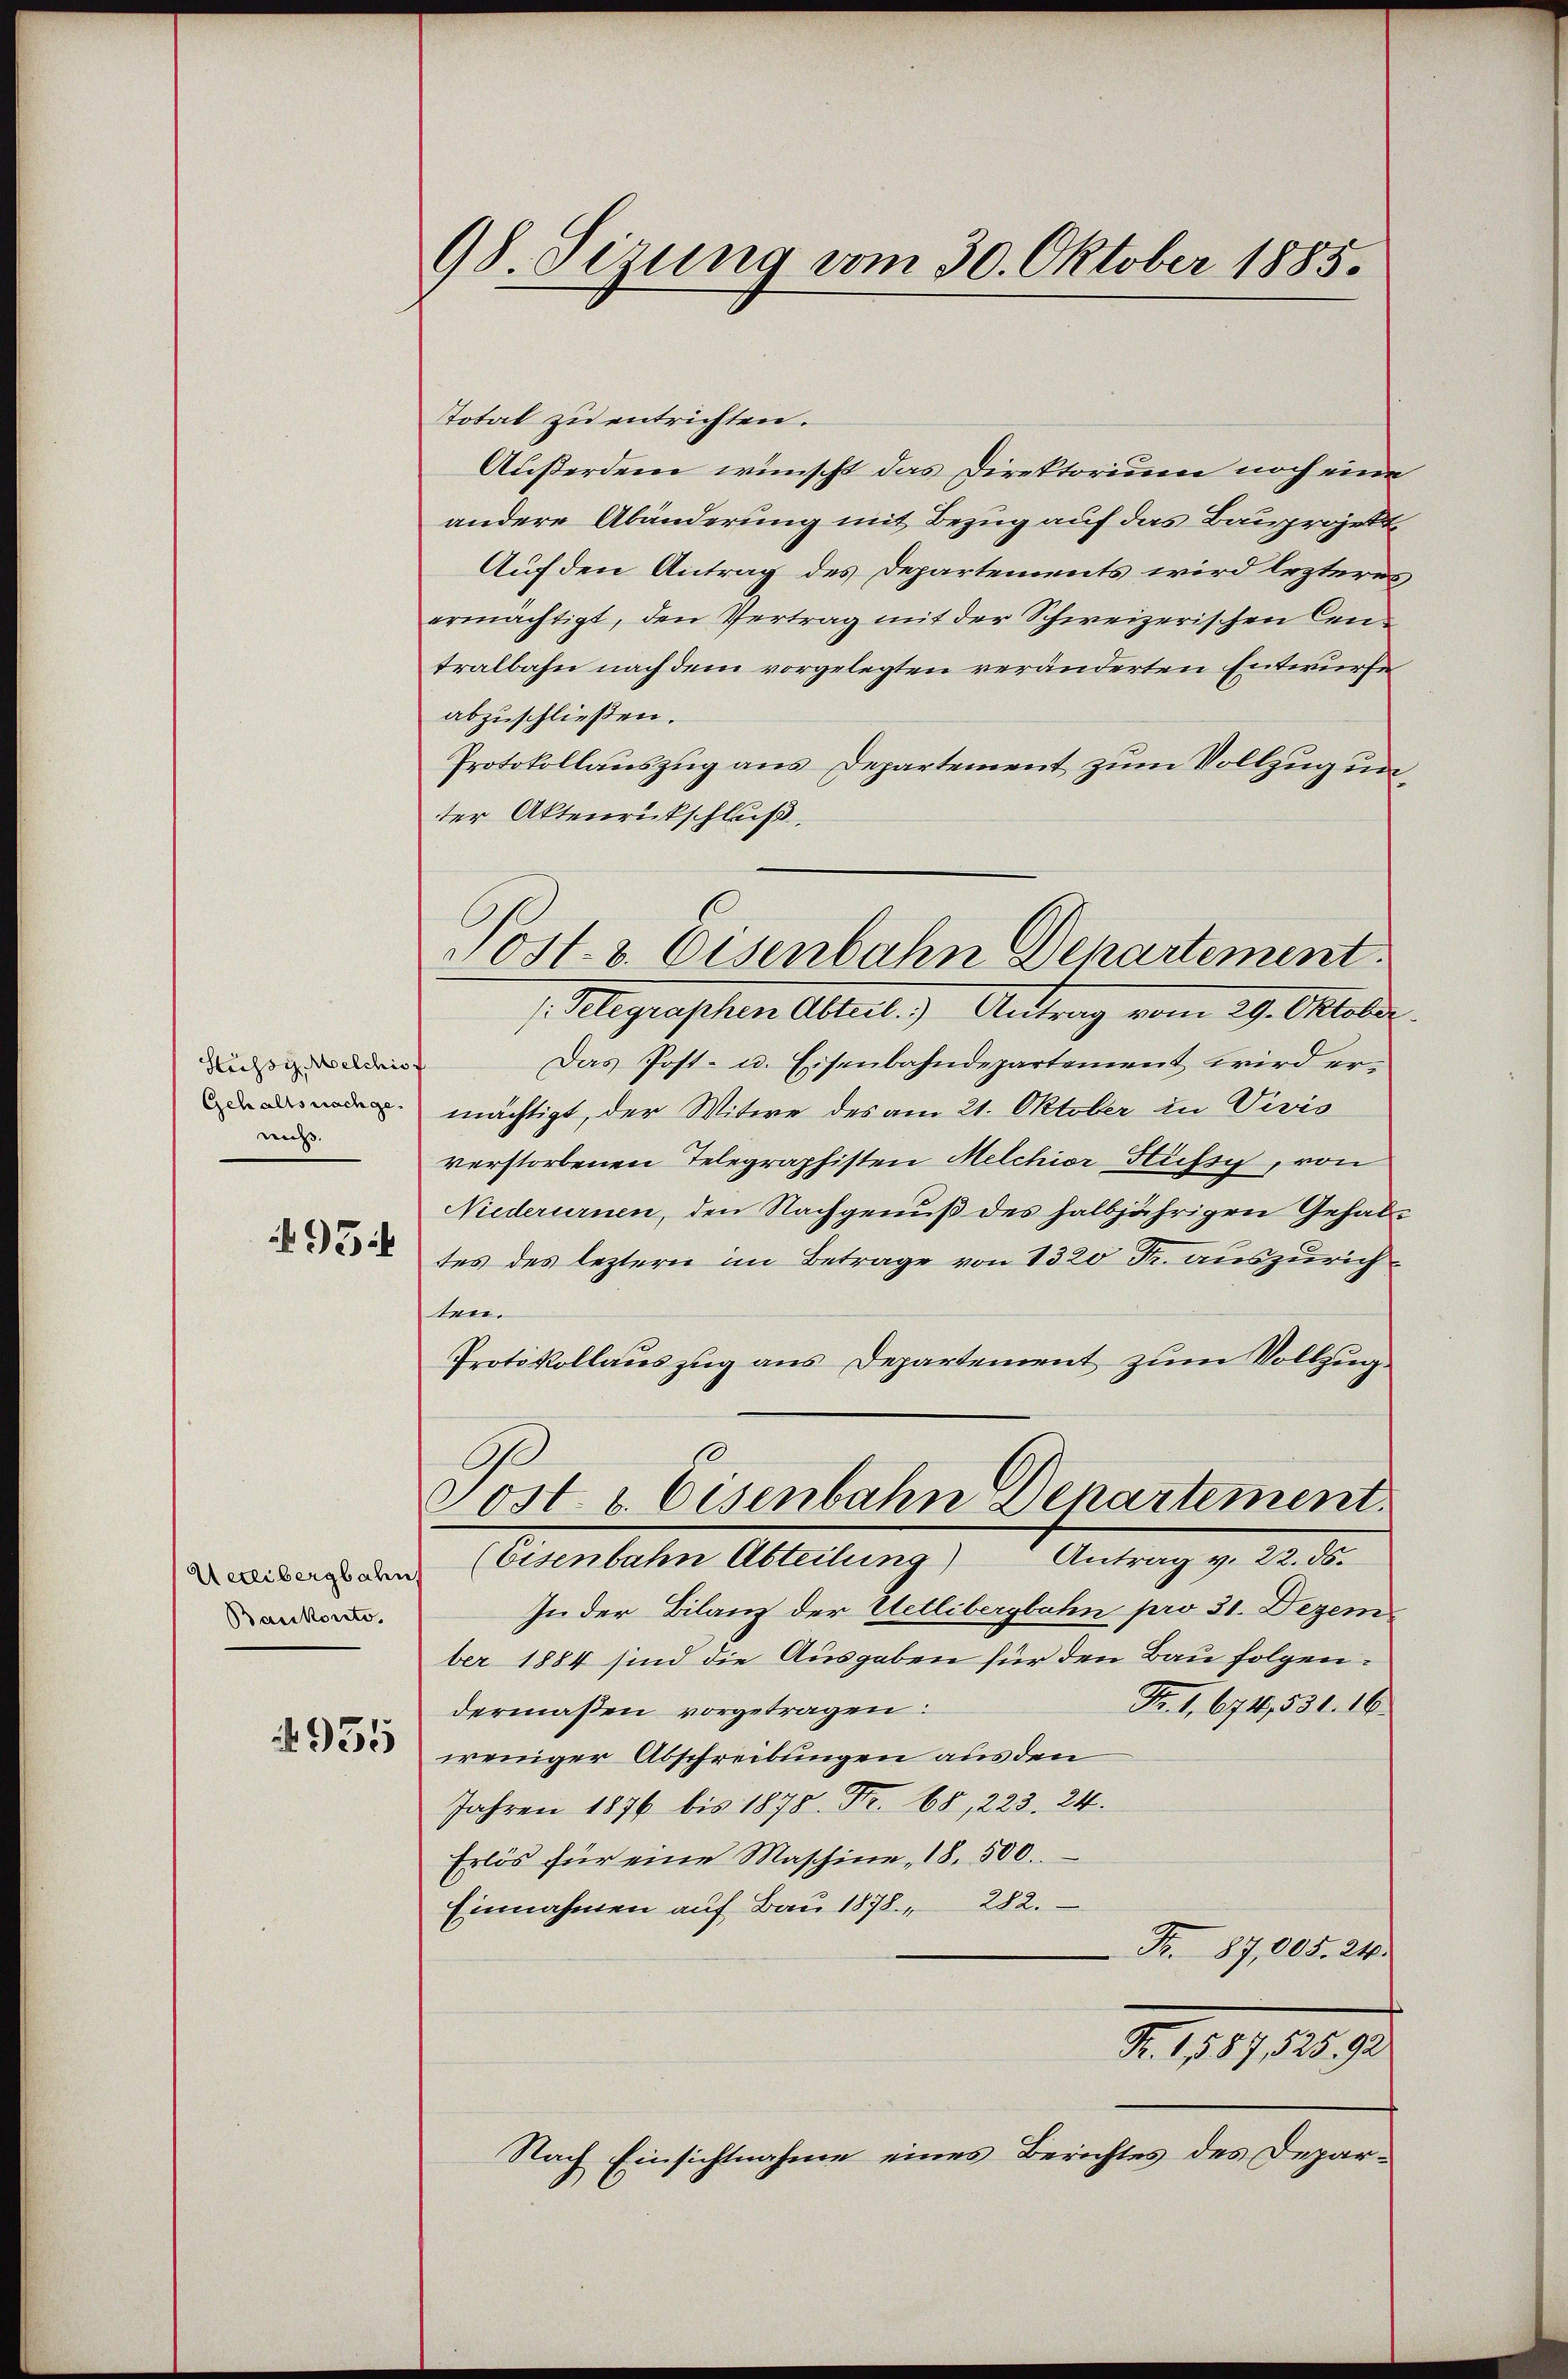
Hussi Melchio f
Gehaltsnachgenicht. |

495 f

Uetlibergbahn
Bankonto.

935

98. Seizung vom 30. Oktober 1885.

Total zu entrichten.
Außerdem wünscht das Direktorium noch eine
andere Abänderung mit Bezug auf das Bauprojekt
Auf den Antrag des Departements wird lezteres,
ermächtigt, den Vertrag mit der Schweizerischen Centralbahn nach dem vorgelegten veränderten Entwurfe
abzuschließen.
Protokollauszug aus Departement zum Vollzug unter Aktenrückschluß
(Telegraphen Abteil. Antrag vom 29. Oktober
Das Post- u. Eisenbahndepartement wird ermächtigt, der Witwe des am 21. Oktober zu Vivis
verstorbenen Telegraphisten Melchior Hussy, von
Niederurnen, den Nachgenuß des halbjährigen Gehaltes des leztern im Betrage von 1320 Fr. auszurichten.
Protokollauszug aus Departement zum Vollzug.
Post & Eisenbahn Departement
(Eisenbahn Abteilung) Antrag v. 22. ds.
In der Bilanz der Uetlibergbahn pro 31. Dezem
ber 1884 sind die Ausgaben für den Bau folgen.
Fr. 1. 674,531. 16.
dermaßen vorgetragen:
weniger Abschreibungen aus den
Jahren 1876 bis 1878. Fr. 68, 223. 24.
Erlös für eine Maschine, 18. 500.
Einnahmen auf Bau 1878. 282.
Fr. 87,005. 24.
Fr. 1587,52592
Nach Einsichtnahme eines Berichtes des Depar¬

Post. v. Eisenbahn Departement